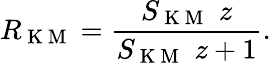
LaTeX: R_{\mathrm{~K~M~}}=\frac{S_{\mathrm{~K~M~}}\, \, z}{S_{\mathrm{~K~M~}}\, \, z+1}.